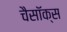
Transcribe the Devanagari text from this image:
चैसॉक्स